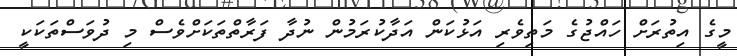
މީގެ އިތުރަށް ހައްޖުގެ މަތިވެރި އަޅުކަން އަދާކުރަމުން ނުދާ ފަރާތްތަކަށްވެސް މި ދުވަސްތަކަކީ